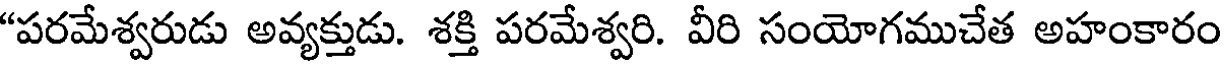
"పరమేశ్వరుడు అవ్యక్తుడు. శక్తి పరమేశ్వరి. వీరి సంయోగముచేత అహంకారం